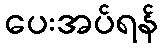
ပေးအပ်ရန်